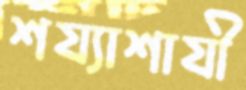
শয্যাশাযী